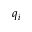
q _ { i }